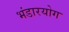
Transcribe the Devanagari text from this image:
भंडारयोग